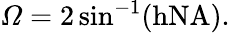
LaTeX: \mathit{\Omega}=\mathrm{{}2\sin^{-1}(hNA).}